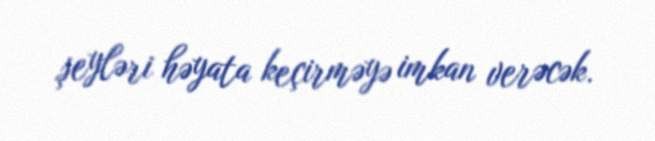
şeyləri həyata keçirməyə imkan verəcək.